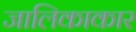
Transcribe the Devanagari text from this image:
जालिकाकार